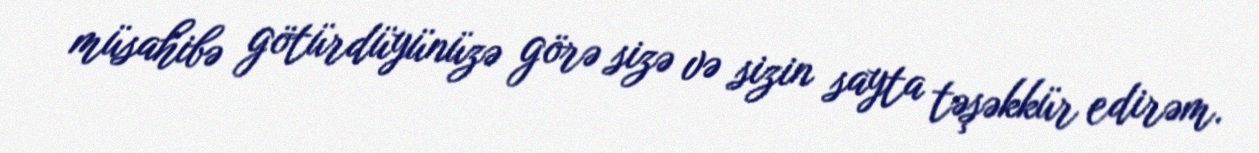
müsahibə götürdüyünüzə görə sizə və sizin sayta təşəkkür edirəm.